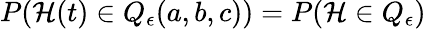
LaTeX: P(\mathcal{H}(t)\in Q_{\epsilon}(a,b,c))=P(\mathcal{H}\in Q_{\epsilon})